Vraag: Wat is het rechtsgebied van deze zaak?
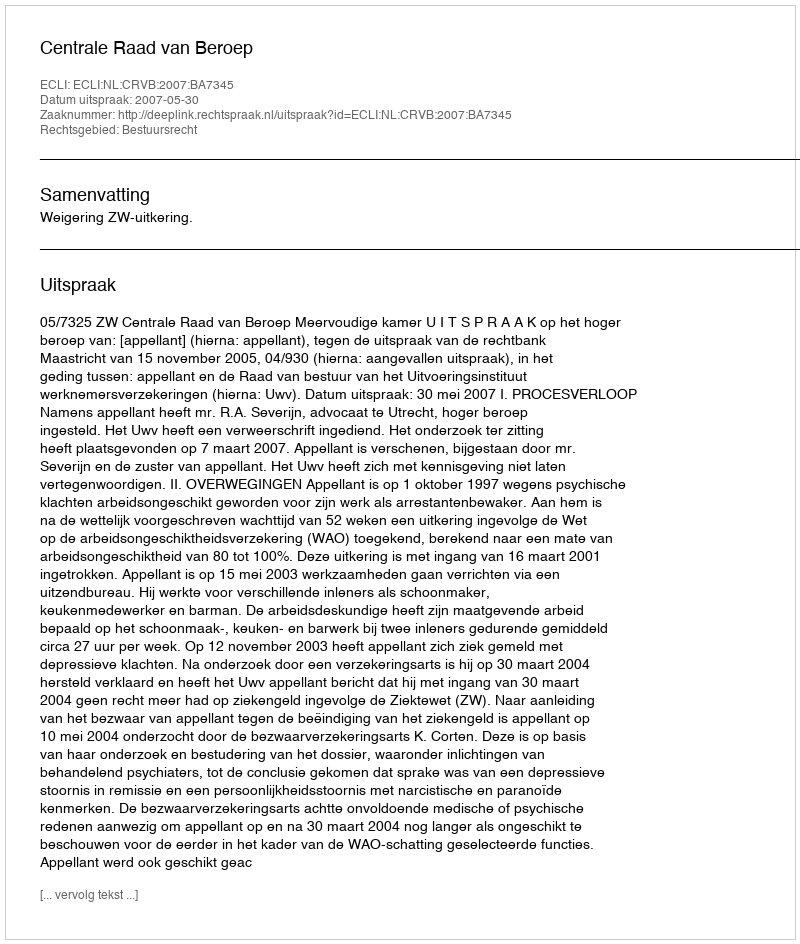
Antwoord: Bestuursrecht